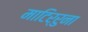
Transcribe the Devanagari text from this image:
माटिर्रुना